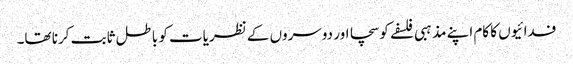
فدائیوں کا کام اپنے مذہبی فلسفے کو سچا اور دوسروں کے نظریات کو باطل ثابت کرنا تھا۔